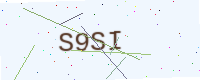
Text: S9SI